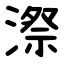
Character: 漈